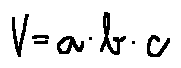
V = a \cdot b \cdot c